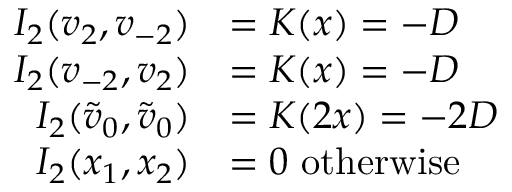
\begin{array} { r l } { I _ { 2 } ( v _ { 2 } , v _ { - 2 } ) } & { = K ( x ) = - D } \\ { I _ { 2 } ( v _ { - 2 } , v _ { 2 } ) } & { = K ( x ) = - D } \\ { I _ { 2 } ( \tilde { v } _ { 0 } , \tilde { v } _ { 0 } ) } & { = K ( 2 x ) = - 2 D } \\ { I _ { 2 } ( x _ { 1 } , x _ { 2 } ) } & { = 0 \mathrm { ~ o t h e r w i s e ~ } } \end{array}